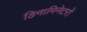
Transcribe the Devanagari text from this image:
डिनामिनेटरों